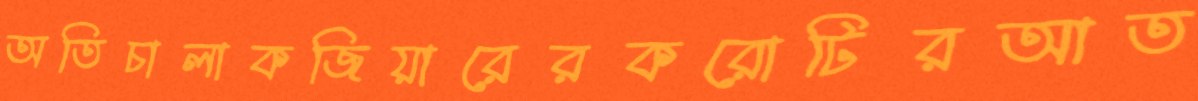
অতিচালাকজিয়ারেরকরোটিরআত